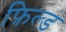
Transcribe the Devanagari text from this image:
फ़िल्ड